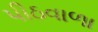
પીઠવાળા